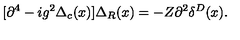
[ \partial ^ { 4 } - i g ^ { 2 } \Delta _ { c } ( x ) ] \Delta _ { R } ( x ) = - Z \partial ^ { 2 } \delta ^ { D } ( x ) .